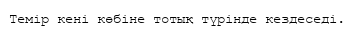
Темір кені көбіне тотық түрінде кездеседі.